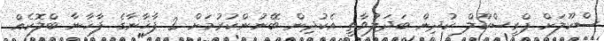
ސްކޫލަށް ޕްރީސްކޫލް ކުދިން ބަދަލުވާތީ އެކުދިން ބޭނުންކުރުމަށް 2 ފާޚާނާގެ ފާޚާނާ ބްލޮކެއް